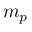
m _ { p }